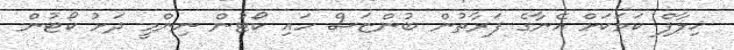
ޚިލާފް ކަމަކަށް އޭނާގެ ފަރާތުން ބުންޏަސް ހައި ކޯޓުން ނިންމީ ދަށު ކޯޓުން